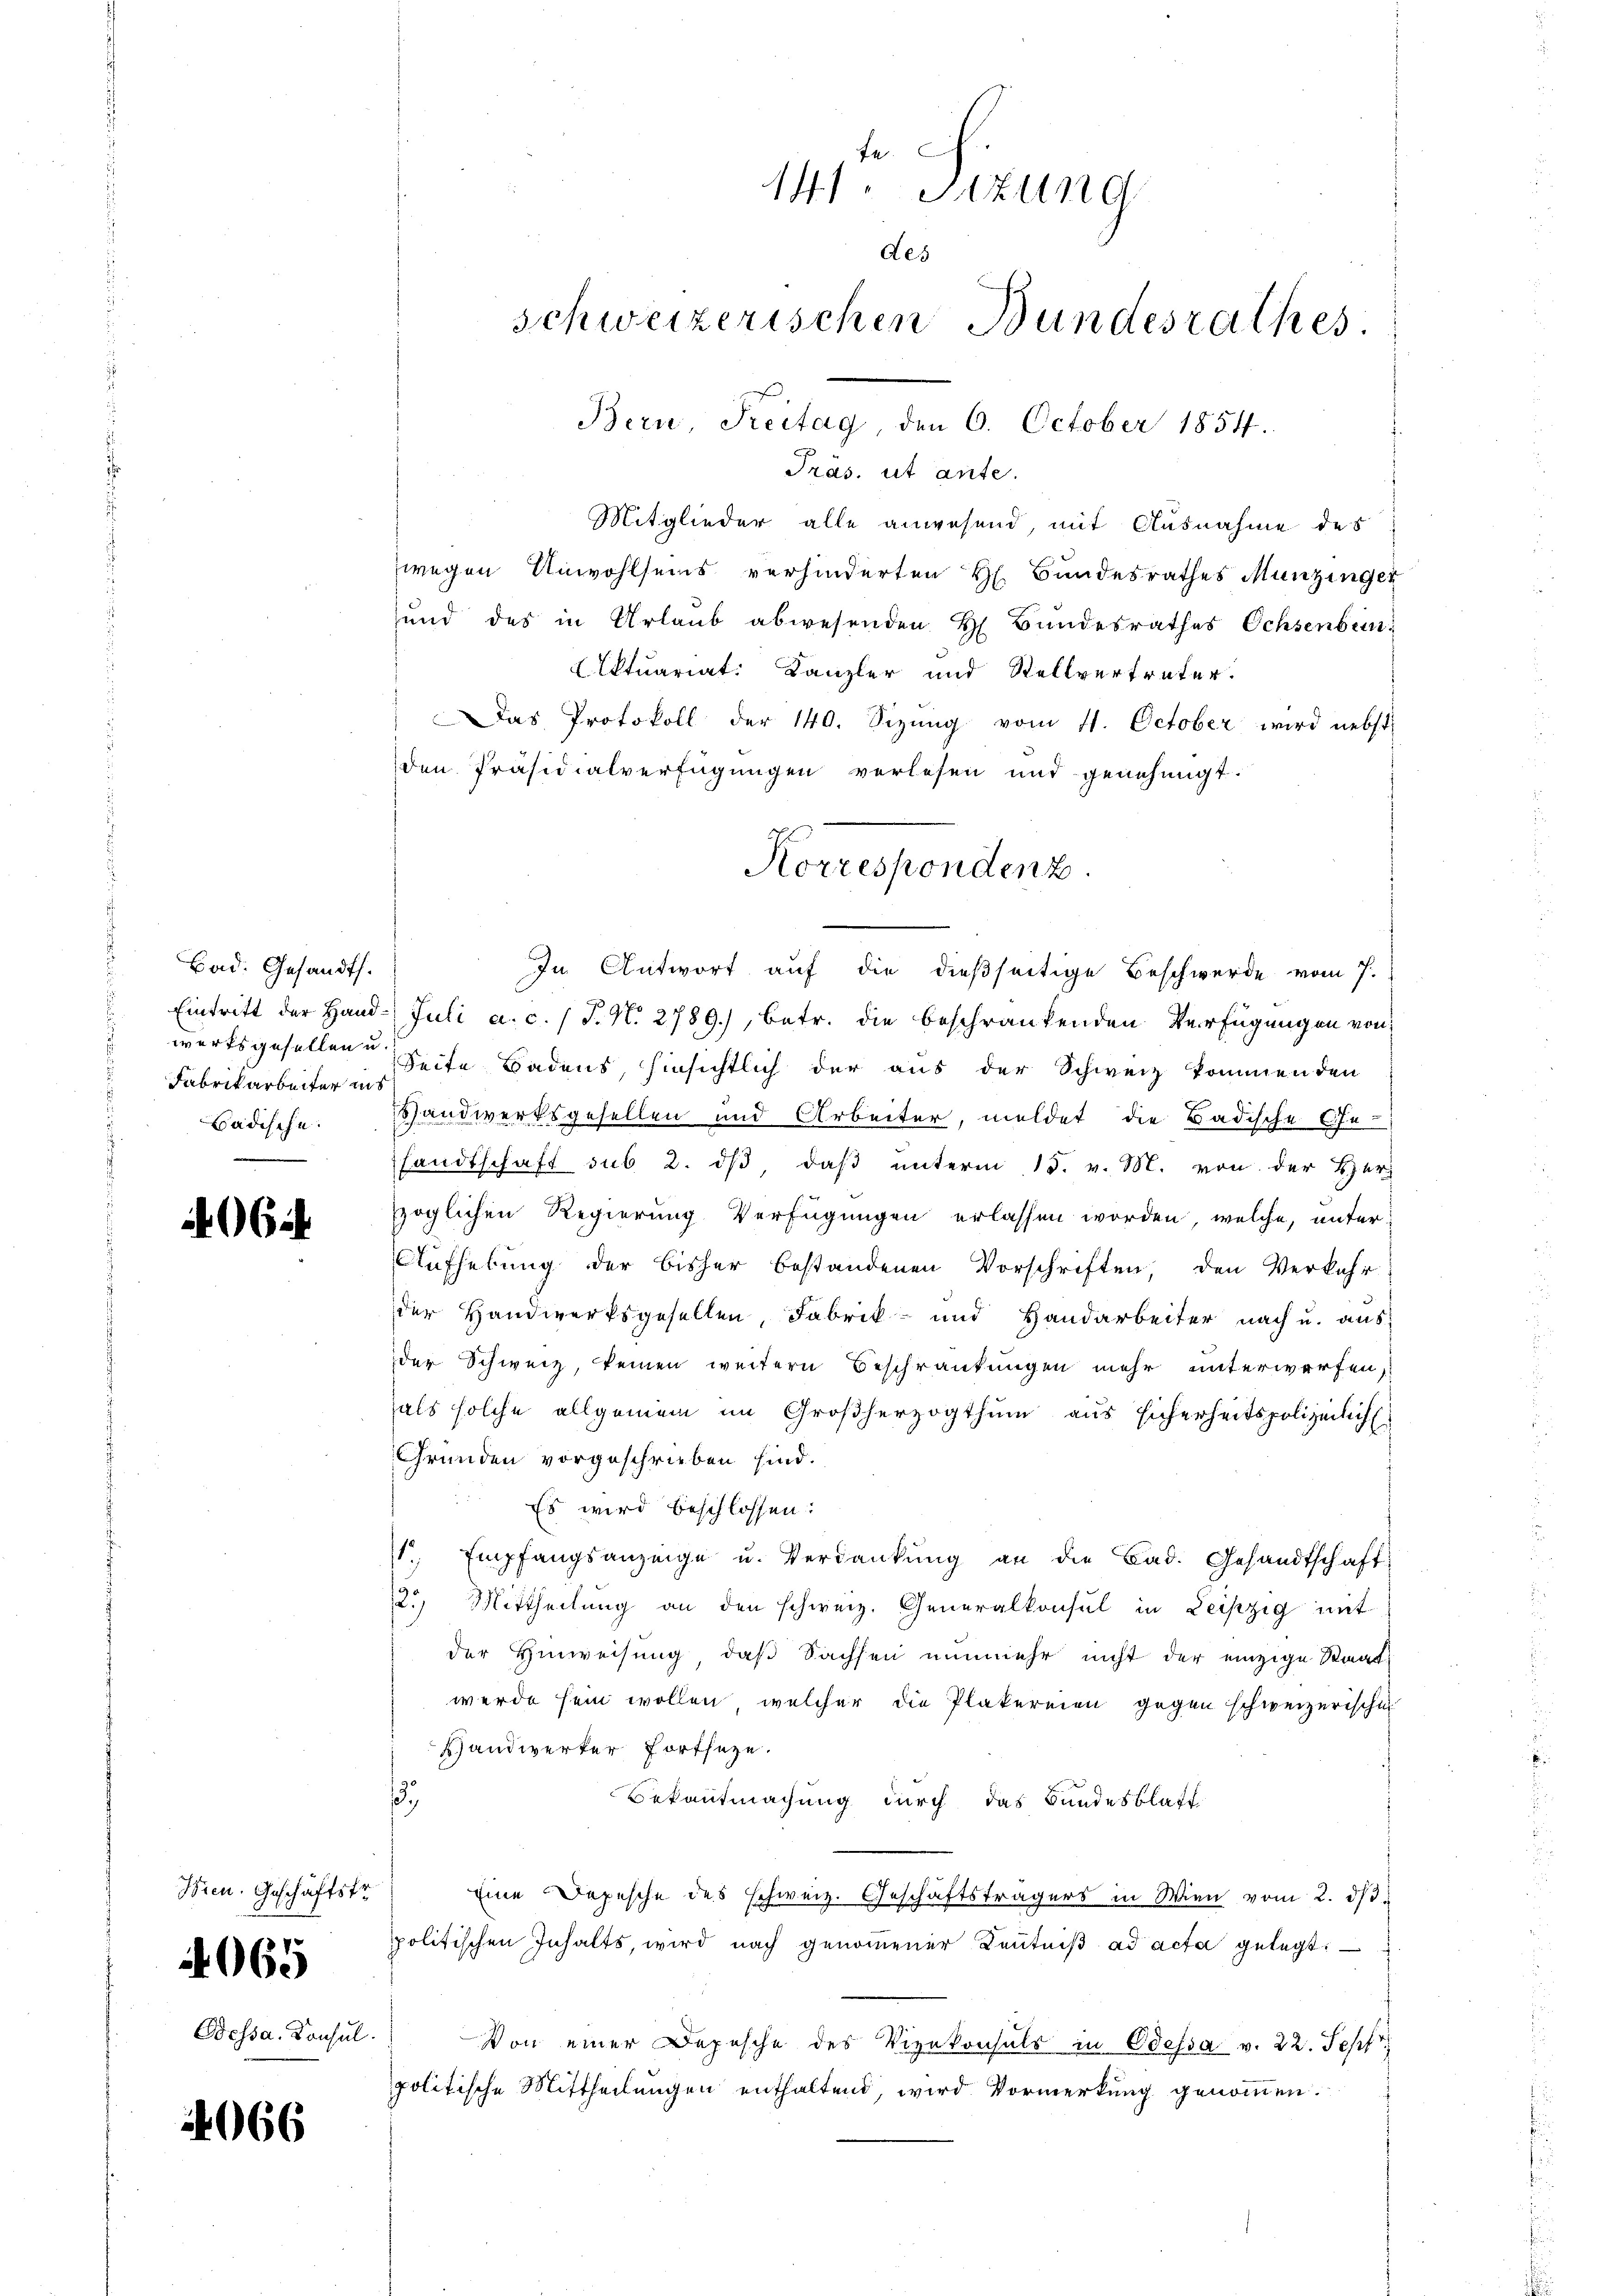
Bad. Gesandts.
s
Fabrikarbeiter uns
Badische.

62.

Wien. Geschäftstr
065
Dessa. Konsul

2066

fe
141. Sitzung
des
schweizerischen Bundesrathes

Korrespondenz

Bern, Freitag, den 6. October 1854.
Präs. ut ante.
Mitglieder alle anwesend, mit Ausnahme des
wegen Unwohlseins verhinderten H. Bundesrathes Munzinger
und des in Urlaub abwesenden H. Bundesrathes Ochsenben¬
Aktuariat: Kanzler und Stellvertreter.
Das Protokoll der 140. Sizung vom 11. October wird nebst
den Präsidialverfügungen verlesen und genehmigt.
In Antwort auf die dießseitige Beschwerde vom 7.
Eintritt der Hand- Juli a. c. (T. N. 2789), betr. die beschränkenden Verfügungen von
werksgesellen Seite Badens, hinsichtlich der aus der Schweiz kommenden
Handwerksgesellen und Arbeiter, meldet die Badische Ge-
sandtschaft sub 2. dβ, daß unterm 15. v. M. von der Her
zöglichen Regierung Verfügungen erlassen worden, welche, unter
Aufhebung der bisher bestandenen Vorschriften, den Verkehr
der Handwerksgesellen, Fabrik- und Handarbeiter nach u. aus
der Schweiz, keinen weitern Beschränkungen mehr unterworfen,
als solche allgemein im Großherzogthum aus sicherheitspolizeilich
Gründen vorgeschrieben sind.
Es wird beschlossen:
1, Empfangsanzeige u. Verdankŭng an die Bad. Gesandtschaft
2.) Mittheilung an den schweiz. Generalkonsul in Leipzig mit
der Hinweisung, daß Sachsen nunmehr nicht der einzige Staat
werde sein wollen, welcher die Plakereien gegen schweizerische
Handwerker Fortseze
.
Bekanntmachung durch das Bundesblatt
Eine Depesche des schweiz. Geschäftsträgers in Wien vom 2. dβ.
politischen Inhalts, wird nach genommener Kenntniß ad acta gelegt:
Von einer Depesche des Vizekonsuls in Odessa v. 22. Sept
politische Mittheilungen enthaltend, wird Vormerkung genommen.